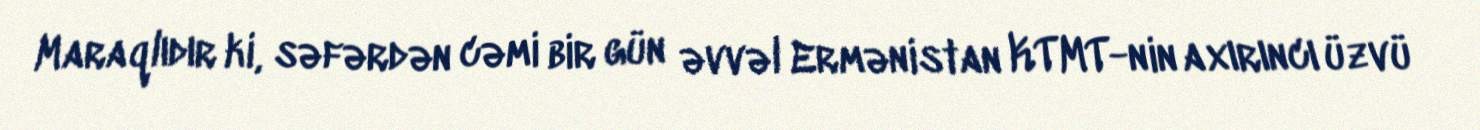
Maraqlıdır ki, səfərdən cəmi bir gün əvvəl Ermənistan KTMT-nin axırıncı üzvü